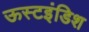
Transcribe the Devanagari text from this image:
ऊस्टइंडिश